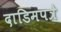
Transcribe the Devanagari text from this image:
दाडिमपत्रे